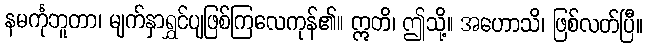
နမင်္ကုဘူတာ၊ မျက်နှာရွှင်ပျဖြစ်ကြလေကုန်၏။ ဣတိ၊ ဤသို့။ အဟောသိ၊ ဖြစ်လတ်ပြီ။